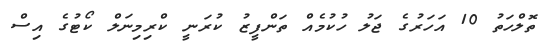
ތޮލްހަތު 10 އަހަރުގެ ޖަލު ހުކުމެއް ތަންފީޒު ކުރަނީ ކްރިމިނަލް ކޯޓުގެ އިސް